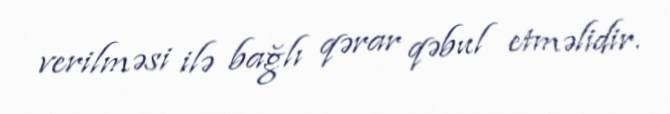
verilməsi ilə bağlı qərar qəbul etməlidir.